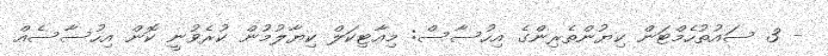
- 3 ސައުތުހެމްޓަން ކިޔުންތެރިންގެ އިހުސާސް: މިއާޓިކަލް ކިޔާލުމުން ކުރެވުނީ ކޮން އިހުސާސެއް